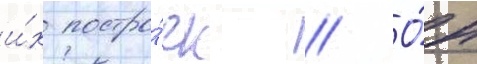
и́х постро́ек // О́н